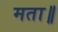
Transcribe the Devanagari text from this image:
मता॥